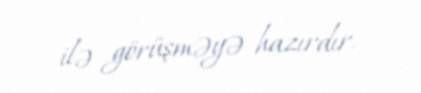
ilə görüşməyə hazırdır.